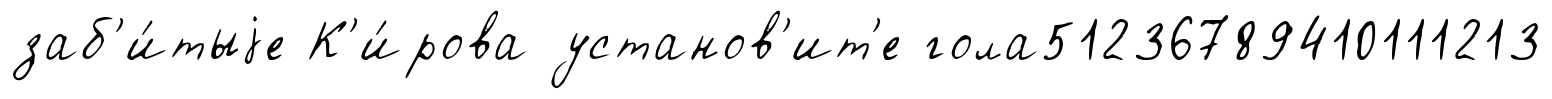
заб'и́тыjе К'и́рова установ'ит'е гола51236789410111213